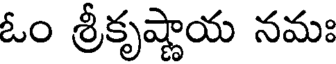
ఓం శ్రీకృష్ణాయ నమః